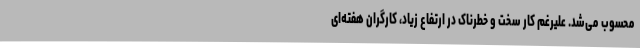
محسوب می‌شد. علیرغم کار سخت و خطرناک در ارتفاع زیاد، کارگران هفته‌ای